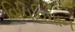
વિવિવિધાન